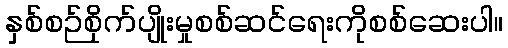
နှစ်စဉ်စိုက်ပျိုးမှုစစ်ဆင်ရေးကိုစစ်ဆေးပါ။